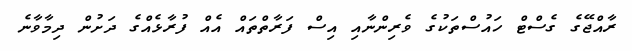
ރާއްޖޭގެ ގެސްޓް ހައުސްތަކުގެ ވެރިންނާއި އިސް ފަރާތްތައް އެއް ފުރާޅެއްގެ ދަށުން ދިމާވާނެ